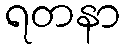
ရတနာ